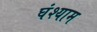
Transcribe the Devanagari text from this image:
घंश्याम